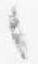
々